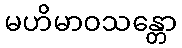
မဟိမာဝသန္တော